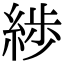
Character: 𦁗